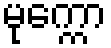
မုက္ကော